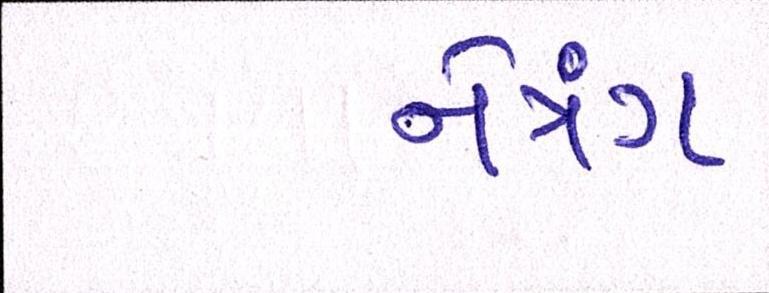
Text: નેત્રંગ